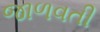
જાળવતી